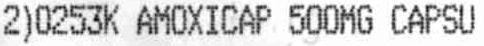
2)0253K AMOXICAP 500MG CAPSU